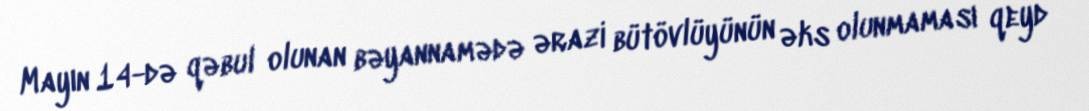
Mayın 14-də qəbul olunan bəyannamədə ərazi bütövlüyünün əks olunmaması qeyd